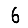
Digit: 6